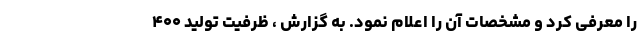
را معرفی کرد و مشخصات آن را اعلام نمود. به گزارش ، ظرفیت تولید ۴۰۰